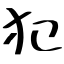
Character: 犯